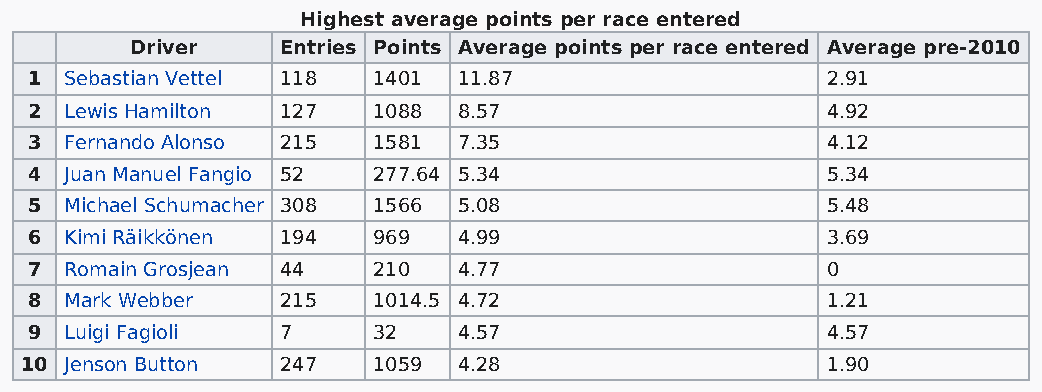
Highest average points per race entered
 Driver    Entries Points Average points per race entered Average pre-2010
 1 Sebastian Vettel 118 1401 11.87                    2.91
 2 Lewis Hamilton 127   1088 8.57                     4.92
 3 Fernando Alonso 215  1581 7.35                     4.12
 4 Juan Manuel Fangio 52 277.64 5.34                  5.34
 5 Michael Schumacher 308 1566 5.08                   5.48
 6 Kimi Räikkönen 194   969  4.99                     3.69
 7 Romain Grosjean 44   210  4.77                     0
 8 Mark Webber    215   1014.5 4.72                   1.21
 9 Luigi Fagioli  7     32   4.57                     4.57
 10 Jenson Button  247   1059 4.28                     1.90